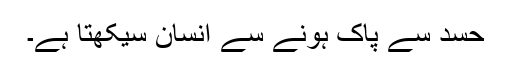
حسد سے پاک ہونے سے انسان سیکھتا ہے۔